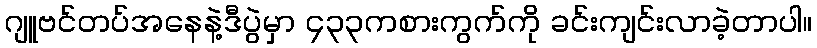
ဂျူဗင်တပ်အနေနဲ့ဒီပွဲမှာ ၄၃၃ကစားကွက်ကို ခင်းကျင်းလာခဲ့တာပါ။